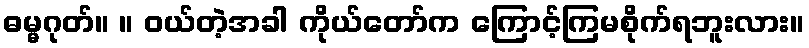
ဓမ္မဂုတ်။ ။ ဝယ်တဲ့အခါ ကိုယ်တော်က ကြောင့်ကြမစိုက်ရဘူးလား။